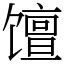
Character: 𫗴